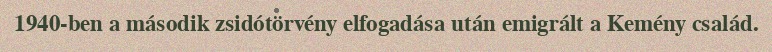
1940-ben a második zsidótörvény elfogadása után emigrált a Kemény család.